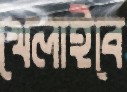
খেলাইবে